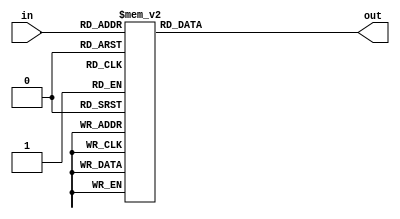
`timescale 1ns / 1ps
//////////////////////////////////////////////////////////////////////////////////
// Module Name:    Transcoder 
//////////////////////////////////////////////////////////////////////////////////
module Transcoder ( output reg[15:0] out,
input [3:0] in
);

always@(*) begin
case(in)
4'd0: out[15:0] = 16'b0000000000000000;
4'd1: out[15:0] = 16'b0000000000000010;
4'd2: out[15:0] = 16'b0000000000000100;
4'd3: out[15:0] = 16'b0000000000001000;
4'd4: out[15:0] = 16'b0000000000010000;
4'd5: out[15:0] = 16'b0000000000100000;
4'd6: out[15:0] = 16'b0000000001000000;
4'd7: out[15:0] = 16'b0000000010000000;
4'd8: out[15:0] = 16'b0000000100000000;
4'd9: out[15:0] = 16'b0000001000000000;
4'hA: out[15:0] = 16'b0000010000000000;
4'hB: out[15:0] = 16'b0000100000000000;
4'hC: out[15:0] = 16'b0001000000000000;
4'hD: out[15:0] = 16'b0010000000000000;
4'hE: out[15:0] = 16'b0100000000000000;
4'hF: out[15:0] = 16'b1111111111111111;
endcase
end
endmodule